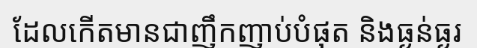
ដែលកើតមានជាញឹកញាប់បំផុត និងធ្ងន់ធ្ងរ